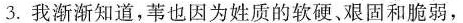
3.我渐渐知道，苇也因为姓质的软硬、艰固和脆弱，